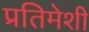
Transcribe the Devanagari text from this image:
प्रतिमेशी